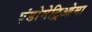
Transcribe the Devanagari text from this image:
एंडोमेट्रिओमा